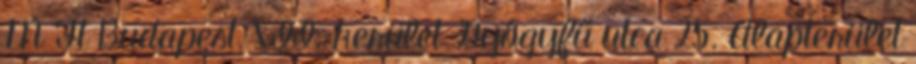
M Ft Budapest, XII. kerület Gyógyfű utca 25. Alapterület